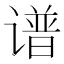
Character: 谱